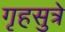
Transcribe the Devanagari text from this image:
गृहसुत्रे